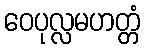
ဝေပုလ္လမဟတ္တံ